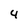
Character: 4